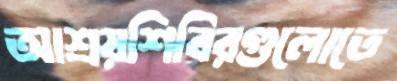
আশ্রয়শিবিরগুলোতে